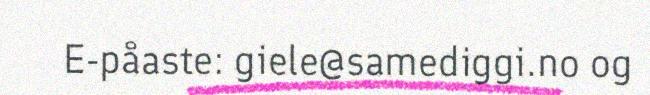
E-påaste: giele@samediggi.no og